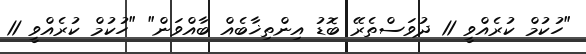
"ހުކުމް ކުރެއްވީ 11 ދުވަސްތެރޭ ބޮޑު އިންތިޚާބެއް ބާއްވަން" "ހުކުމް ކުރެއްވީ 11